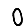
Digit: 0